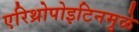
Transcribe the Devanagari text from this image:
एरिथ्रोपोइटिनमुळे